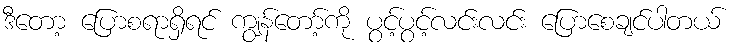
ဒီတော့ ပြောစရာရှိရင် ကျွန်တော့်ကို ပွင့်ပွင့်လင်းလင်း ပြောစေချင်ပါတယ်